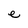
Character: e